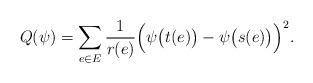
LaTeX: \begin{align*} Q(\psi) = \sum_{e \in E} \frac1{r(e)} \Big(\psi\big(t(e)\big)-\psi\big(s(e)\big)\Big)^2.\end{align*}